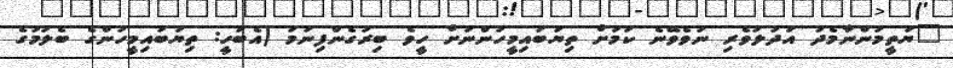
"ޔަތީމުންނާމެދު އަދުލުވެރި ނުވެވޭނެ ކަމަށް ތިޔަބައިމީހުންނަށް ހީވެ ބިރުގެންފިނަމަ (އެބަހީ: ތިޔަބައިމީހުންގެ ބެލުމުގެ